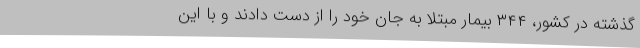
گذشته در کشور، ۳۴۴ بیمار مبتلا به جان خود را از دست دادند و با این